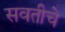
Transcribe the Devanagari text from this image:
सवतीचे